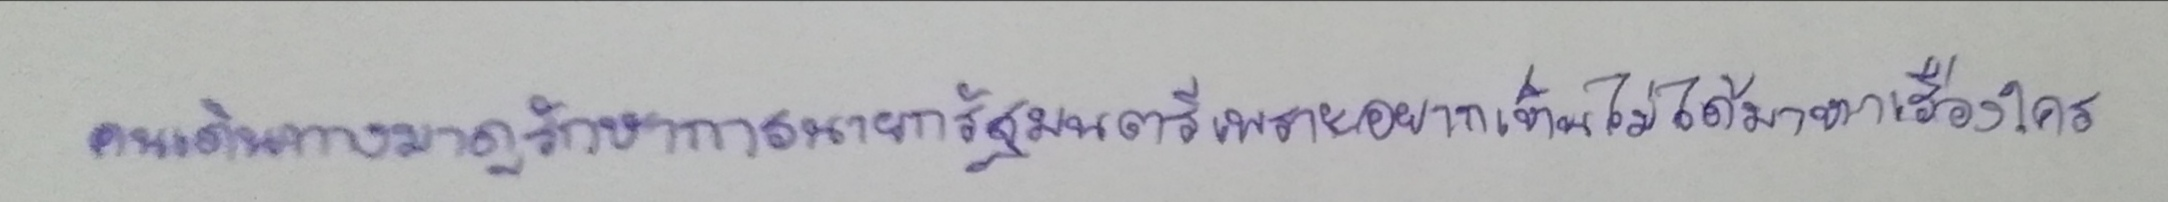
คนเดินทางมาดูรักษาการนายกรัฐมนตรีเพราะอยากเห็นไม่ได้มาหาเรื่องใคร